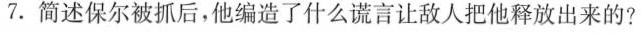
7.简述保尔被抓后，他编造了什么谎言让敌人把他释放出来的?